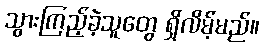
သွားကြည့်ခဲ့သူတွေ ရှိလိမ့်မည်။